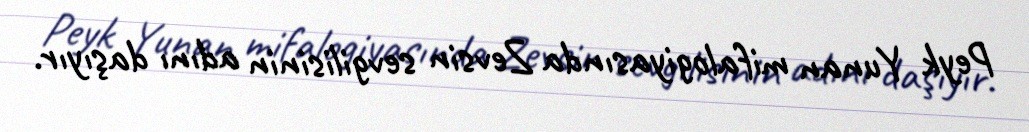
Peyk Yunan mifalogiyasında Zevsin sevgilisinin adını daşıyır.